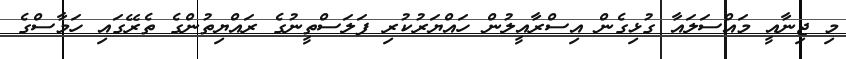
މި ޖިނާއީ މައްސަލައާ ގުޅިގެން އިސްރާއީލުން ހައްޔަރުކުރި ފަލަސްތީނުގެ ރައްޔިތުންގެ ތެރޭގައި ހަމާސްގެ